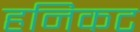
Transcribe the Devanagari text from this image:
हनिकट